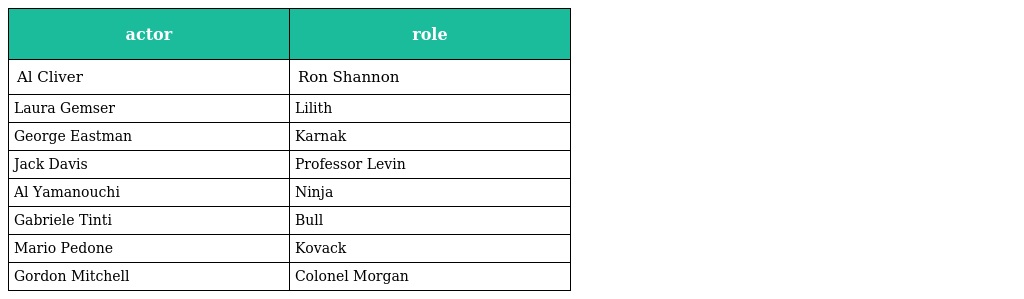
| actor | role |
 | --- | --- |
 | Al Cliver | Ron Shannon |
 | Laura Gemser | Lilith |
 | George Eastman | Karnak |
 | Jack Davis | Professor Levin |
 | Al Yamanouchi | Ninja |
 | Gabriele Tinti | Bull |
 | Mario Pedone | Kovack |
 | Gordon Mitchell | Colonel Morgan |